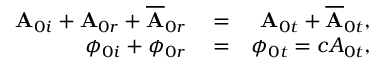
\begin{array} { r l r } { \mathbf { A } _ { 0 i } + \mathbf { A } _ { 0 r } + \overline { { \mathbf { A } } } _ { 0 r } } & { { } = } & { \mathbf { A } _ { 0 t } + \overline { { \mathbf { A } } } _ { 0 t } , } \\ { \phi _ { 0 i } + \phi _ { 0 r } } & { { } = } & { \phi _ { 0 t } = c A _ { 0 t } , } \end{array}